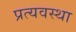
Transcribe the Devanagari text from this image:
प्रत्यवस्था